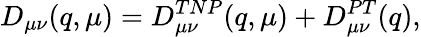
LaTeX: D_{\mu\nu}(q,\mu)=D_{\mu\nu}^{TNP}(q,\mu)+D_{\mu\nu}^{PT}(q),